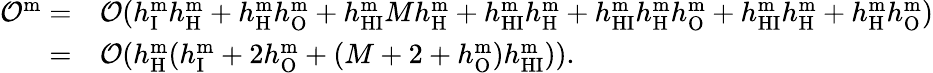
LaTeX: \begin{array}{rl}{\mathcal{O}^{\textrm{m}}=}&{\mathcal{O}(h_{\mathrm{I}}^{\mathrm{m}}h_{\mathrm{H}}^{\mathrm{m}}+h_{\mathrm{H}}^{\mathrm{m}}h_{\mathrm{O}}^{\mathrm{m}}+h_{\mathrm{HI}}^{\mathrm{m}}Mh_{\mathrm{H}}^{\mathrm{m}}+h_{\mathrm{HI}}^{\mathrm{m}}h_{\mathrm{H}}^{\mathrm{m}}+h_{\mathrm{HI}}^{\mathrm{m}}h_{\mathrm{H}}^{\mathrm{m}}h_{\mathrm{O}}^{\mathrm{m}}+h_{\mathrm{HI}}^{\mathrm{m}}h_{\mathrm{H}}^{\mathrm{m}}+h_{\mathrm{H}}^{\mathrm{m}}h_{\mathrm{O}}^{\mathrm{m}})}\\ {=}&{\mathcal{O}(h_{\mathrm{H}}^{\mathrm{m}}(h_{\mathrm{I}}^{\mathrm{m}}+2h_{\mathrm{O}}^{\mathrm{m}}+(M+2+h_{\mathrm{O}}^{\mathrm{m}})h_{\mathrm{HI}}^{\mathrm{m}})).}\end{array}